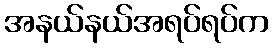
အနယ်နယ်အရပ်ရပ်က